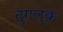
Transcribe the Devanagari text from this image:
तुगलुक